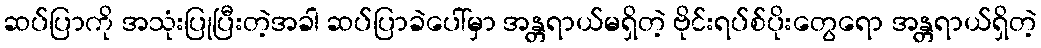
ဆပ်ပြာကို အသုံးပြုပြီးတဲ့အခါ ဆပ်ပြာခဲပေါ်မှာ အန္တရာယ်မရှိတဲ့ ဗိုင်းရပ်စ်ပိုးတွေရော အန္တရာယ်ရှိတဲ့